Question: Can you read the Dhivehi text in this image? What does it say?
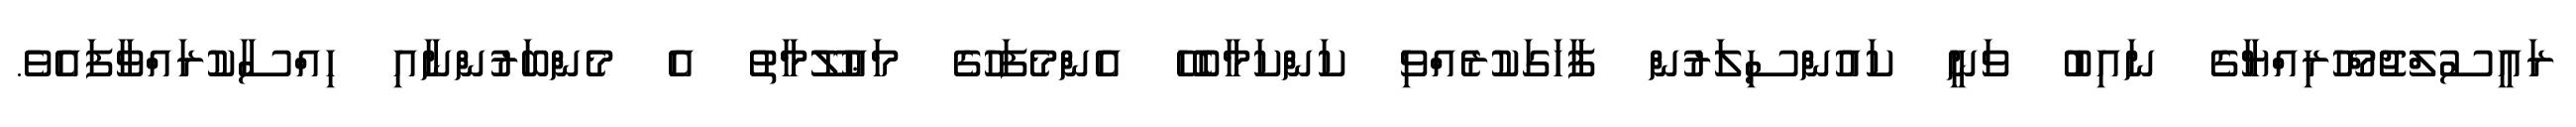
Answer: ރައީސުލްޖުމްހޫރިއްޔާގެ ނައިބު ވަނީ ކައުންސިލަރުން ފާހަގަކުރެއްވި ކަންކަމާބެހޭ އެންމެފަހުގެ މަޢުލޫމާތު އެ މެންބަރުންނާއި ހިއްސާކުރައްވާފައެވެ.